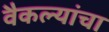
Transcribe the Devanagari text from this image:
वैकल्यांचा